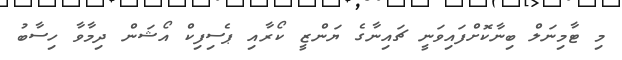
މި ޓާމިނަލް ބިނާކޮށްފައިވަނީ ޗައިނާގެ ޔަންޒީ ކޯރާއި ޕެސިފިކް އޯޝަން ދިމާވާ ހިސާބު